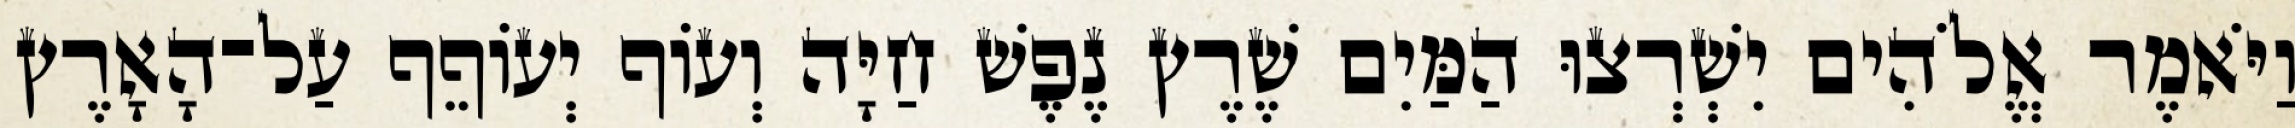
וַיֹּאמֶר אֱלֹהִים יִשְׁרְצוּ הַמַּיִם שֶׁרֶץ נֶפֶשׁ חַיָּה וְעֹוף יְעֹוףֵף עַל־הָאָרֶץ